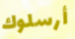
أرسلوك